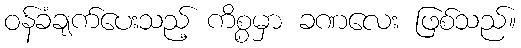
ဝန်ခံချက်ပေးသည့် ကိစ္စမှာ ခဏလေး ဖြစ်သည်။